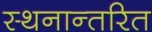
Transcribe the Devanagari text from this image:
स्थनान्तरित